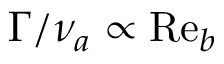
\Gamma / \nu _ { a } \propto \mathrm { R e } _ { b }